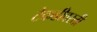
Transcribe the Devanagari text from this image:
टेकडीवरती